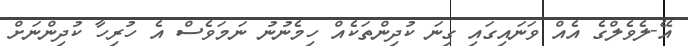
އޭ-ލެވެލްގެ އެއް ވަނައިގައި ގިނަ ކުދިންތަކެއް ހިމެނުނު ނަމަވެސް އެ ހުރިހާ ކުދިންނަށް